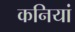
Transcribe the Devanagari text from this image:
कनियां